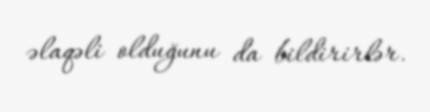
əlaqəli olduğunu da bildirirlər.